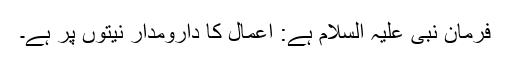
فرمانِ نبی علیہ السلام ہے: اعمال کا دارومدار نیتوں پر ہے۔